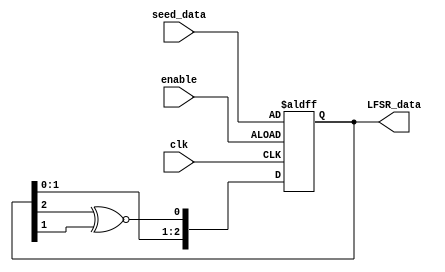
`timescale 1ns / 1ps
//////////////////////////////////////////////////////////////////////////////////
// Company: 
// Engineer: 
// 
// Design Name: 
// Module Name: random_8
// Project Name: 
// Target Devices: 
// Tool Versions: 
// Description: 
// 
// Dependencies: 
// 
// Revision:
// Revision 0.01 - File Created
// Additional Comments:
// 
//////////////////////////////////////////////////////////////////////////////////
 module LFSR
   (  
    input clk,  
    input enable,  
    input [2:0] seed_data,  
    output [2:0] LFSR_data 
    );  
   
   reg [2:0] LFSR = 3'b000;  
   wire XNOR;  
   
    // enableLFSR
    always @(posedge clk or posedge enable)  
      begin  
        if(enable == 1'b1) 
          LFSR <= seed_data; 
        else if(clk == 1'b1)
          LFSR <= {LFSR[1:0], XNOR};
        else;
      end 
    
    assign XNOR = LFSR[2] ^~ LFSR[1];  // 
    assign LFSR_data = LFSR;   // 
 
 endmodule // LFSR